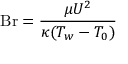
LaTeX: \mathrm { B r } = { \frac { \mu U ^ { 2 } } { \kappa ( T _ { w } - T _ { 0 } ) } }